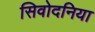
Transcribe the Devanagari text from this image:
सिवोदनिया